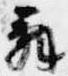
辞